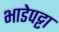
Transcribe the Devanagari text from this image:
भाडेपट्टा